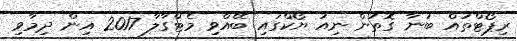
ރިޕޯޓްތައް ބުނާ ގޮތުން ނިއު ޔޯކްގައި ބޭއްވި މެޓްގާލާ 2017 އިން ދިމާވި